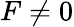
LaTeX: F\neq 0